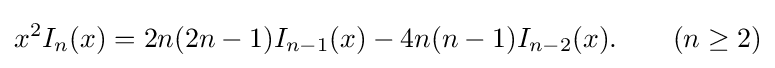
x^{2}I_{n}(x)=2n(2n-1)I_{n-1}(x)-4n(n-1)I_{n-2}(x).\qquad (n\geq 2)